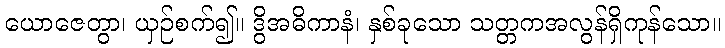
ယောဇေတွာ၊ ယှဉ်စက်၍။ ဒွိအဓိကာနံ၊ နှစ်ခုသော သတ္တကအလွန်ရှိကုန်သော။